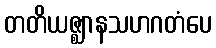
တတိယဇ္ဈာနသဟဂတံပေ